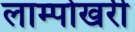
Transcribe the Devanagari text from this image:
लाम्पोखरी